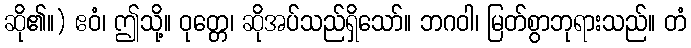
ဆို၏။) ဧဝံ၊ ဤသို့။ ဝုတ္တေ၊ ဆိုအပ်သည်ရှိသော်။ ဘဂဝါ၊ မြတ်စွာဘုရားသည်။ တံ